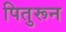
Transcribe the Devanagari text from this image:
पितुरून